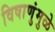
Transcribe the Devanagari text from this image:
विषाणुंमुळे